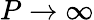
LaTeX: P\to\infty